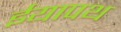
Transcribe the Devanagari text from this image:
ईयापथ